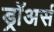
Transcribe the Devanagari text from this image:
ड्रॉअर्स